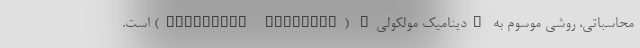
محاسباتی، روشی موسوم به "دینامیک مولکولی" (molecular dynamics) است.